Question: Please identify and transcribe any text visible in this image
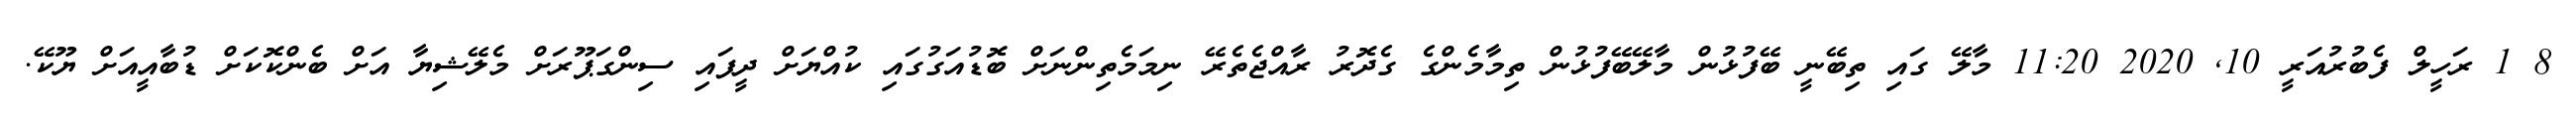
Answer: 8 1 ރަހީލް ފެބުރުއަރީ 10, 2020 11:20 މާލޭ ގައި ތިބޭނީ ބޭފުޅުން މާލޭބޭފުޅުން ތިމާމެންގެ ގެދޮރު ރާއްޖެތެރޭ ނިމަމެތިންނަށް ބޮޑުއަގުގައި ކުއްޔަށް ދީފައި ސިންގަޕޫރަށް މެލޭޝިޔާ އަށް ބެންކޮކަށް ޑުބާއީއަށް ޔޫކޭ.